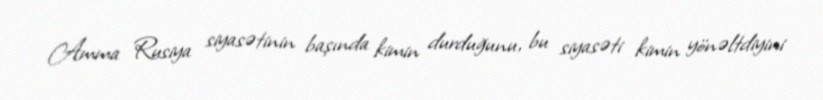
Amma Rusiya siyasətinin başında kimin durduğunu, bu siyasəti kimin yönəltdiyini